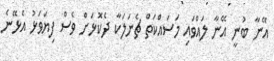
އޭނާ ބުނީ އޭނާ ލައްވައި މަސައްކަތް ޗެނަލަކާ ދެކޮޅަށް ވެސް ފިޔަވަޅު އެޅޭނެ